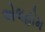
એલહોમ